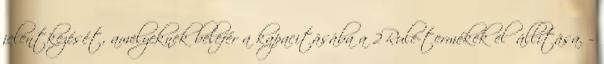
jelentkezését, amelyeknek belefér a kapacitásába a 2Rule-termékek előállítása. –